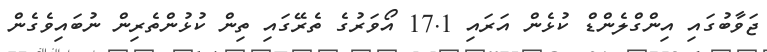
ޖަވާބުގައި އިންގްލެންޑް ކުޅެން އަރައި 17.1 އޯވަރުގެ ތެރޭގައި ތިން ކުޅުންތެރިން ނުބައިވެގެން